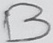
Text: B